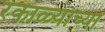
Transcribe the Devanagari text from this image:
रंकाळ्याच्या